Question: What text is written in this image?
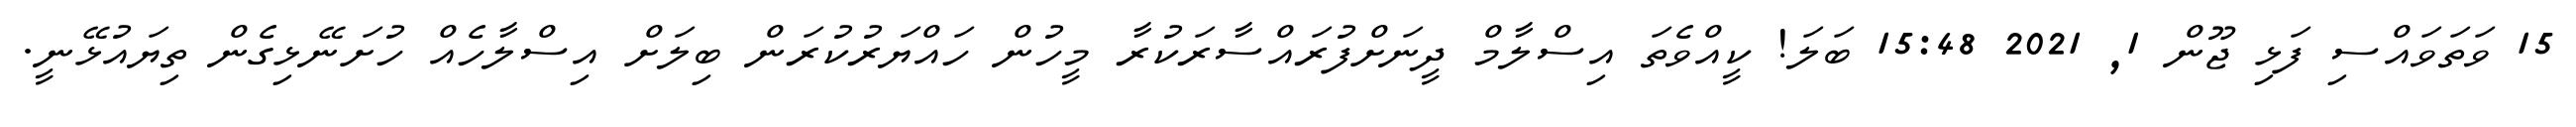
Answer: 15 ވަތަވައްސި ފަޅި ޖޫން 1, 2021 15:48 ބަލަ! ކީއްވެތަ އިސްލާމް ދީނަށްފުރައްސާރަކުރާ މީހުން ހައްޔަރުކުރަން ބިލަށް އިސްލާހެއް ހުށަނޭޅިގެން ތިޔައުޅޭނީ.